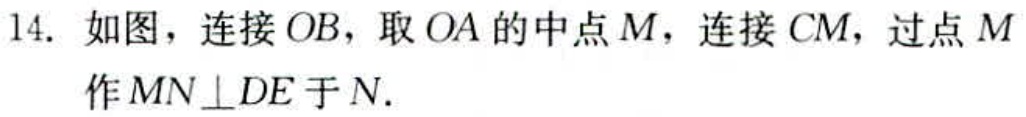
14. 如图，连接 \(OB\)，取 \(OA\) 的中点 \(M\)，连接 \(CM\)，过点 \(M\) 作 \(MN\perp DE\) 于 \(N\).